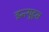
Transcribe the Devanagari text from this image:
इन्त्युट्स